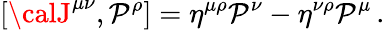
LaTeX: [{\calJ}^{\mu\nu},\mathcal{P}^{\rho}]=\eta^{\mu\rho}\mathcal{P}^{\nu}-\eta^{\nu\rho}\mathcal{P}^{\mu}\, .